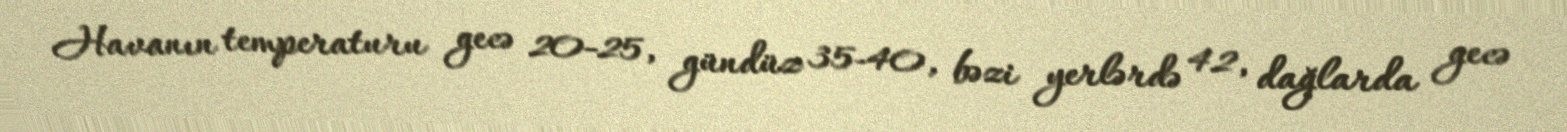
Havanın temperaturu gecə 20-25, gündüz 35-40, bəzi yerlərdə 42, dağlarda gecə